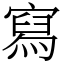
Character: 寫